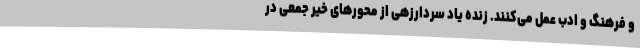
و فرهنگ و ادب عمل می‌کنند. زنده یاد سردارزهی از محورهای خیر جمعی در